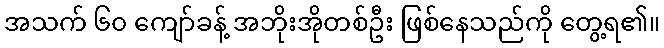
အသက် ၆၀ ကျော်ခန့် အဘိုးအိုတစ်ဦး ဖြစ်နေသည်ကို တွေ့ရ၏။